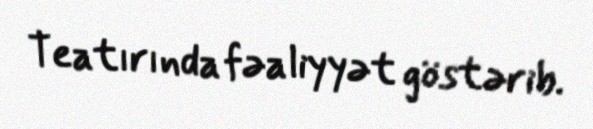
Teatırında fəaliyyət göstərib.